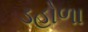
ડહોળા